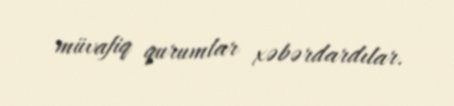
müvafiq qurumlar xəbərdardılar.